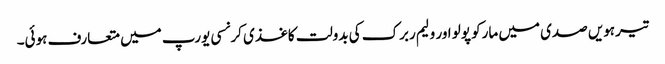
تیرہویں صدی میں مارکو پولو اور ولیم ربرک کی بدولت کاغذی کرنسی یورپ میں متعارف ہوئی۔